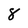
Character: 8